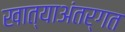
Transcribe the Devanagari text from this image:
खात्याअंतर्गत